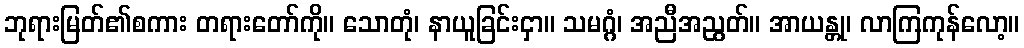
ဘုရားမြတ်၏စကား တရားတော်ကို။ သောတုံ၊ နာယူခြင်းငှာ။ သမဂ္ဂံ၊ အညီအညွတ်။ အာယန္တု၊ လာကြကုန်လော့။